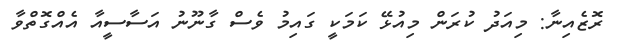
ރޮޒެއިނާ: މިއަދު ކުރަން މިއުޅޭ ކަމަކީ ގައިމު ވެސް ގާނޫނު އަސާސީއާ އެއްގޮތްވާ